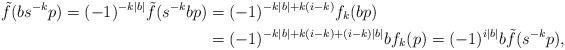
LaTeX: \begin{align*}\tilde{f}( b s^{-k} p ) = (-1)^{-k |b|} \tilde{f}(s^{-k} bp) & = (-1)^{-k |b| + k(i - k)} f_k(bp) \\& = (-1)^{-k |b| + k(i - k) + (i-k)|b|} b f_k(p) = (-1)^{i |b|} b \tilde{f} (s^{-k} p ), \end{align*}